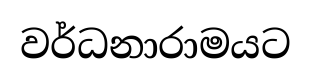
වර්ධනාරාමයට